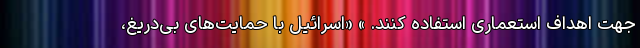
جهت اهداف استعماری استفاده کنند. » «اسرائیل با حمایت‌های بی‌دریغ،